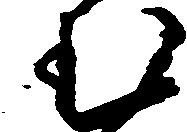
む